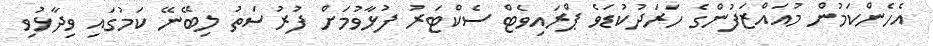
އެހެންކަމުން މުއައްޒަފުންގެ ހަރަދުކުޑަވެ ޕްރައިވެޓް ސެކްޓަރު ފުޅާވުމަށް ފުރުސަތު ލިބޭނޭ ކަމުގައި ވިދާޅުވި